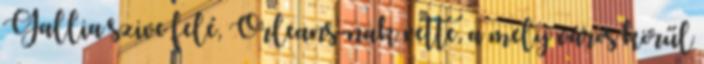
Gallia szive felé, Orleans-nak vette, a mely város körűl